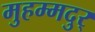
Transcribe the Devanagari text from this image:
मुहम्मदुर्